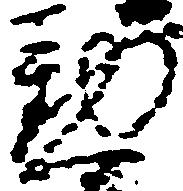
懃